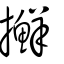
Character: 𢹛